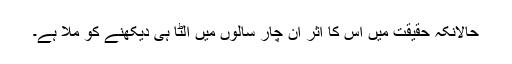
حالانکہ حقیقت میں اس کا اثر ان چار سالوں میں الٹا ہی دیکھنے کو ملا ہے۔